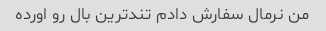
من نرمال سفارش دادم تند‌ترین بال رو اورده